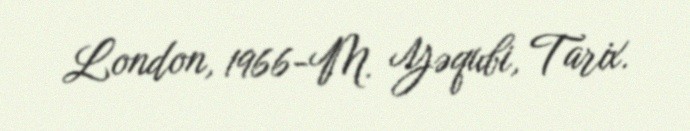
London, 1966-M. Yəqubi, Tarix.